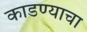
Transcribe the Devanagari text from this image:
काडण्याचा